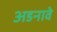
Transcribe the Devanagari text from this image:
अडनावे